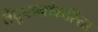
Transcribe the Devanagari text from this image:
तेंदूपानांकरिता